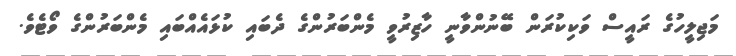
މަޖިލީހުގެ ރައީސް ވަކިކުރަން ބޭނުންވާނީ ހާޒިރުވީ މެންބަރުންގެ ދެބައި ކުޅައެއްބައި މެންބަރުންގެ ވޯޓެވެ.